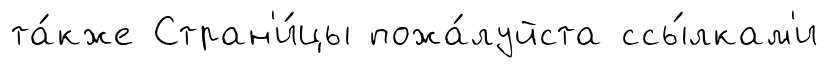
та́кже Стран'и́цы пожа́луйста ссы́лкам'и